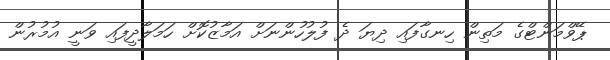
ޕޭވްމަންޓްގެ މަތިން ހިނގާފައި ދިޔަ ދެ ފުލުހުންނަށް އަމާޒުކޮށް ހަމަލާދީފައި ވަނީ އުމުރުން